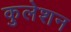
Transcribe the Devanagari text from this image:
कुलेशन